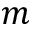
m